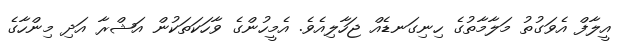
އީލާފް އެވަގުތު މަލާމާތުގެ ހިނިގަނޑެއް ޖަހާލިއެވެ. އެމީހުންގެ ވާހަކަތަކުން އަޝްރާ އަދި މިންހާގެ